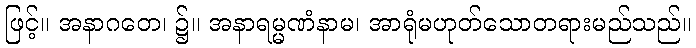
ဖြင့်။ အနာဂတေ၊ ၌။ အနာရမ္မဏံနာမ၊ အာရုံမဟုတ်သောတရားမည်သည်။